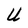
Character: U